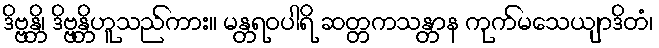
ဒိဗ္ဗန္တိ၊ ဒိဗ္ဗန္တိဟူသည်ကား။ မန္တရဝပါရိ ဆတ္တကသန္တာန ကုက်မသေယျာဒိတံ၊